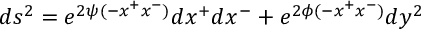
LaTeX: d s ^ { 2 } = e ^ { 2 \psi ( - x ^ { + } x ^ { - } ) } d x ^ { + } d x ^ { - } + e ^ { 2 \phi ( - x ^ { + } x ^ { - } ) } d y ^ { 2 }